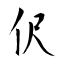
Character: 伬